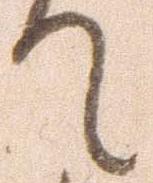
て